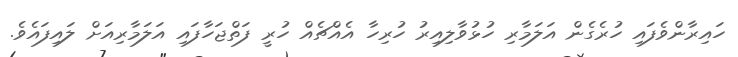
ހައިރާންވެފައި ހުރެގެން އަލަމާރި ހުޅުވާލިއިރު ހުރިހާ އެއްޗެއް ހުރީ ފަތްޖަހާފައި އަލަމާރިއަށް ލައިފައެވެ.